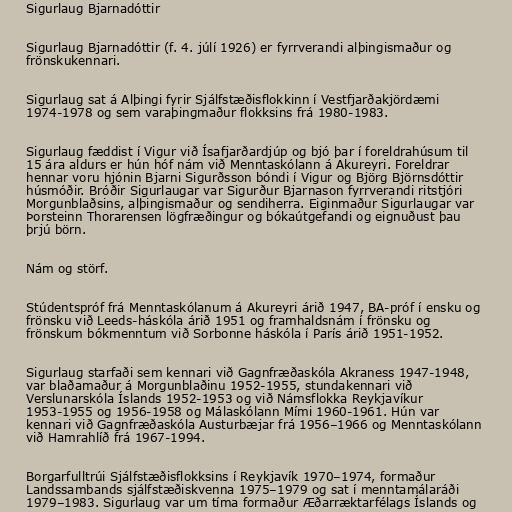
Sigurlaug Bjarnadóttir

Sigurlaug Bjarnadóttir (f. 4. júlí 1926) er fyrrverandi alþingismaður og
frönskukennari.

Sigurlaug sat á Alþingi fyrir Sjálfstæðisflokkinn í Vestfjarðakjördæmi
1974-1978 og sem varaþingmaður flokksins frá 1980-1983.

Sigurlaug fæddist í Vigur við Ísafjarðardjúp og bjó þar í foreldrahúsum til
15 ára aldurs er hún hóf nám við Menntaskólann á Akureyri. Foreldrar
hennar voru hjónin Bjarni Sigurðsson bóndi í Vigur og Björg Björnsdóttir
húsmóðir. Bróðir Sigurlaugar var Sigurður Bjarnason fyrrverandi ritstjóri
Morgunblaðsins, alþingismaður og sendiherra. Eiginmaður Sigurlaugar var
Þorsteinn Thorarensen lögfræðingur og bókaútgefandi og eignuðust þau
þrjú börn.

Nám og störf.

Stúdentspróf frá Menntaskólanum á Akureyri árið 1947, BA-próf í ensku og
frönsku við Leeds-háskóla árið 1951 og framhaldsnám í frönsku og
frönskum bókmenntum við Sorbonne háskóla í París árið 1951-1952.

Sigurlaug starfaði sem kennari við Gagnfræðaskóla Akraness 1947-1948,
var blaðamaður á Morgunblaðinu 1952-1955, stundakennari við
Verslunarskóla Íslands 1952-1953 og við Námsflokka Reykjavíkur
1953-1955 og 1956-1958 og Málaskólann Mími 1960-1961. Hún var
kennari við Gagnfræðaskóla Austurbæjar frá 1956–1966 og Menntaskólann
við Hamrahlíð frá 1967-1994.

Borgarfulltrúi Sjálfstæðisflokksins í Reykjavík 1970–1974, formaður
Landssambands sjálfstæðiskvenna 1975–1979 og sat í menntamálaráði
1979–1983. Sigurlaug var um tíma formaður Æðarræktarfélags Íslands og